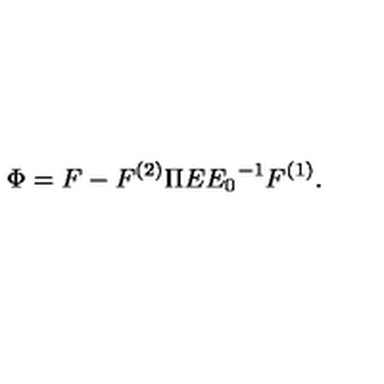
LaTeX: \Phi = F - F ^ { ( 2 ) } \Pi E { E _ { 0 } } ^ { - 1 } F ^ { ( 1 ) } .